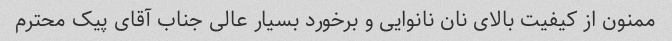
ممنون از کیفیت بالای نان نانوایی و برخورد بسیار عالی جناب آقای پیک محترم